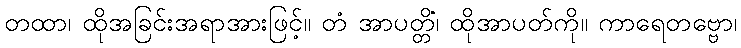
တထာ၊ ထိုအခြင်းအရာအားဖြင့်။ တံ အာပတ္တိံ၊ ထိုအာပတ်ကို။ ကာရေတဗ္ဗော၊